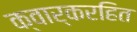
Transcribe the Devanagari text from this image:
क्वार्करहित